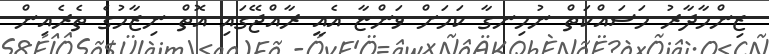
ޒިންމާދާރު މަސައްކަތް ނުހިނގާ ކަމަށް ވަންޏާ އެއީ ރާއްޖޭގައި އޮތް ނިޒާމުގެ ތެރެއިން